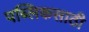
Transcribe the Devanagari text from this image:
पब्लिकसाठी